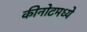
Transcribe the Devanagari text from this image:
कीनोटमध्ये